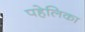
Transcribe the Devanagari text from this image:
पहेलिका